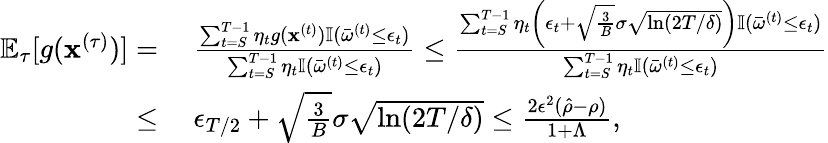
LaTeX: \begin{array}{rl}{\mathbb{E}_{\tau}[g({\mathbf x}^{(\tau)})]=}&{~\frac{\sum_{t=S}^{T-1}\eta_{t}g({\mathbf x}^{(t)})\mathbb{I}(\bar{\omega}^{(t)}\leq\epsilon_{t})}{\sum_{t=S}^{T-1}\eta_{t}\mathbb{I}(\bar{\omega}^{(t)}\leq\epsilon_{t})}\leq\frac{\sum_{t=S}^{T-1}\eta_{t}\left(\epsilon_{t}+\sqrt{\frac{3}{B}}\sigma\sqrt{\ln(2T/\delta)}\right)\mathbb{I}(\bar{\omega}^{(t)}\leq\epsilon_{t})}{\sum_{t=S}^{T-1}\eta_{t}\mathbb{I}(\bar{\omega}^{(t)}\leq\epsilon_{t})}}\\ {\leq}&{~\epsilon_{T/2}+\sqrt{\frac{3}{B}}\sigma\sqrt{\ln(2T/\delta)}\leq\frac{2\epsilon^{2}(\hat{\rho}-\rho)}{1+\Lambda},}\end{array}